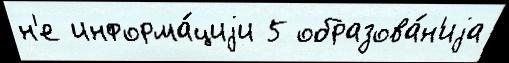
н'е информа́циjи 5 образова́н'иjа